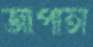
জাপাতা